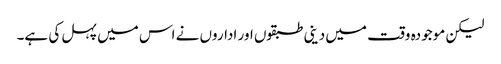
لیکن موجودہ وقت میں دینی طبقوں اور اداروں نے اس میں پہل کی ہے۔